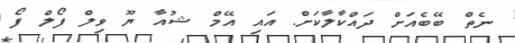
ނެތް ބޭބެއަށް ދައްކާލާކަށް. އައި އޭމް ޝުއާ ޔޫ ވިލް ފޯލް ފޯ